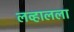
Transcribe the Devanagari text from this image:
लव्हालला